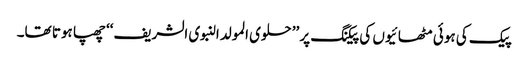
پیک کی ہوئی مٹھائیوں کی پیکنگ پر ’’حلوی المولدالنبوی الشریف‘‘ چھپا ہوتا تھا۔